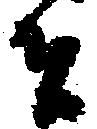
者